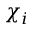
\chi _ { i }